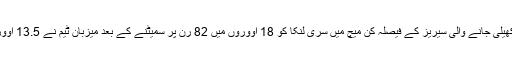
وشاکھاپٹنم کے ڈاکٹر وائی ایس راج شیکھر ریڈی کرکٹ اسٹیڈیم میں کھیلی جانے والی سیریز کے فیصلہ کن میچ میں سری لنکا کو 18 اووروں میں 82 رن پر سمیٹنے کے بعد میزبان ٹیم نے 13.5 اووروں میں ایک وکٹ کے نقصان پر 84 رنز بنا کر آسان جیت درج کی۔